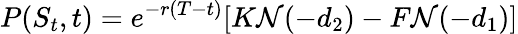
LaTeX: P(S_{t},t)=e^{-r(T-t)}[K\mathcal{N}(-d_{2})-F\mathcal{N}(-d_{1})]